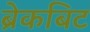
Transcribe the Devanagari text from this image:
ब्रेकबिट